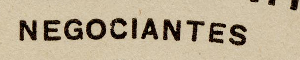
NEGOCIANTES